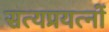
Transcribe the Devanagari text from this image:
सत्यप्रयत्नों